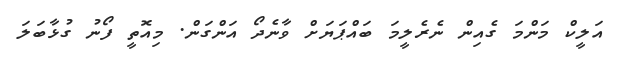
އަލީކް މަންމަ ގެއިން ނެރެލީމަ ބައްޕަޔަށް ވާނެދޯ އަންގަން. މިއޮތީ ފޯނު ގުޅާބަލަ